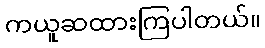
ကယူဆထားကြပါတယ်။